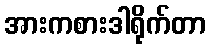
အားကစားဒါရိုက်တာ